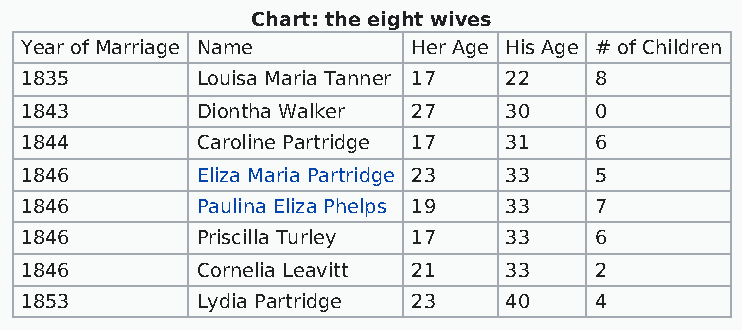
Chart: the eight wives
 Year of Marriage Name     Her Age His Age # of Children
 1835        Louisa Maria Tanner 17 22 8
 1843        Diontha Walker 27   30    0
 1844        Caroline Partridge 17 31  6
 1846        Eliza Maria Partridge 23 33 5
 1846        Paulina Eliza Phelps 19 33 7
 1846        Priscilla Turley 17 33    6
 1846        Cornelia Leavitt 21 33    2
 1853        Lydia Partridge 23  40    4